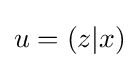
u=\left(z|x\right)